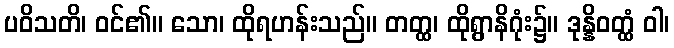
ပဝိသတိ၊ ဝင်၏။ သော၊ ထိုရဟန်းသည်။ တတ္ထ၊ ထိုရွာနိဂုံး၌။ ဒုန္နိဝတ္ထံ ဝါ၊